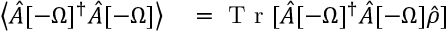
\begin{array} { r l } { \left\langle { \hat { A } [ - \Omega ] ^ { \dagger } \hat { A } [ - \Omega ] } \right\rangle } & { { } = \mathrm { ~ T ~ r ~ } [ \hat { A } [ - \Omega ] ^ { \dagger } \hat { A } [ - \Omega ] \hat { \rho } ] } \end{array}